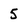
Character: 5